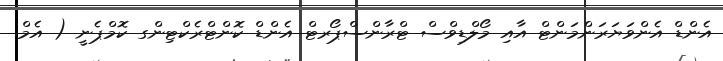
އެންޑް އެންވަޔަރަންމަންޓް އާއި މޯލްޑިވްސް ޓްރާންސްޕޯރޓް އެންޑް ކޮންޓްރެކްޓިންގ ކޮމްޕެނީ ( އެމް.